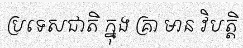
ប្រទេសជាតិ ក្នុង គ្រា មាន វិបត្តិ